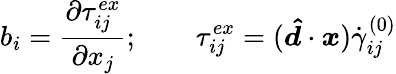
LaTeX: b_{i}=\frac{\partial\tau_{ij}^{ex}}{\partial x_{j}};\qquad\tau_{ij}^{ex}=(\boldsymbol{\hat{d}}\cdot\boldsymbol{x})\dot{\gamma}_{ij}^{(0)}